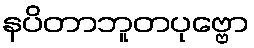
နပိတာဘူတပုဗ္ဗော